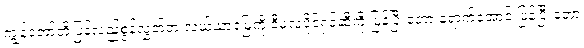
ကျွန်တော်တို့ပြန်လည်စွန့်လွှတ်တဲ့ လယ်ယာမြေကို ဒီမူလပိုင်ရှင်ဆီကို ပြန်ပြီးတော့ ရောက်အောင် ပြန်ပြီးတော့